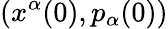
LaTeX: (x^{\alpha}(0),p_{\alpha}(0))